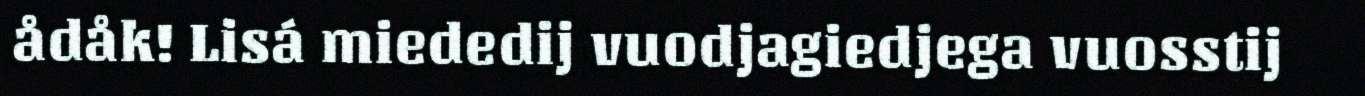
ådåk! Lisá miededij vuodjagiedjega vuosstij